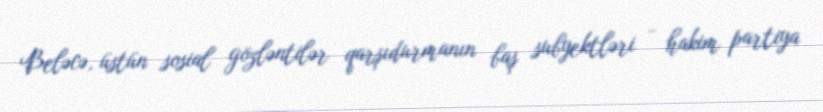
Beləcə, üstün sosial gözləntilər qarşıdurmanın baş subyektləri - hakim partiya